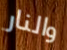
والنار